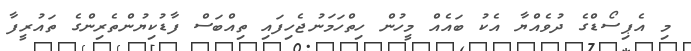
މި އެޕިސޯޑްގެ ދުވެއްޔާ އެކު ބައެއް މީހުން ހިތްހަމަނުޖެހިފައި ތިއްބަސް ފާޑުކިޔުންތެރިންގެ ތައުރީފާ